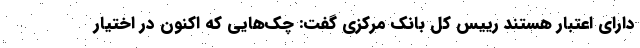
دارای اعتبار هستند رییس کل بانک مرکزی گفت: چک‌هایی که اکنون در اختیار